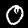
Digit: 0